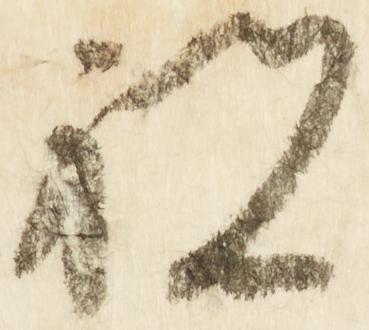
祝